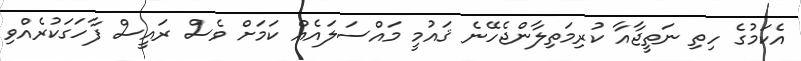
އެކަމުގެ ހިތި ނަތީޖާއާ ކުރިމަތިލާންޖެހޭނެ ޤައުމީ މައްސަލައެއް ކަމަށް ވެސް ރައީސް ފާހަގަކުރެއްވި